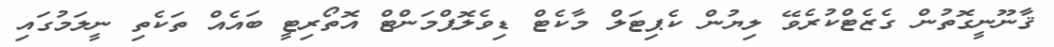
ޤާނޫނީގޮތުން ގެޒެޓްކުރެވޭ ލިޔުން ކެޕިޓަލް މާކެޓް ޑިވެލޮޕްމަންޓް އޮތޯރިޓީ ބައެއް ތަކެތި ނީލަމުގައި